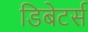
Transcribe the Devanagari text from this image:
डिबेटर्स